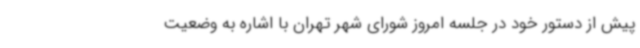
پیش از دستور خود در جلسه امروز شورای شهر تهران با اشاره به وضعیت